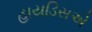
હાયડિસએ